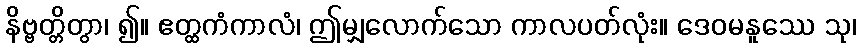
နိဗ္ဗတ္တိတွာ၊ ၍။ ဧတ္ထကံကာလံ၊ ဤမျှလောက်သော ကာလပတ်လုံး။ ဒေဝမနူဿေ သု၊